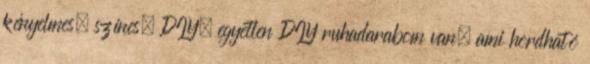
kényelmes, színes, DIY. egyetlen DIY ruhadarabom van, ami hordható